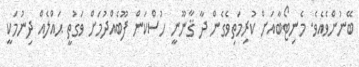
ބޭނުންވެއެވެ. މެނިޓޯބާއަށް ކުރިމަތިވެގެން ދާ ޤާނޫނީ ހުސްކަން ފޫބެއްދުމަށް ވަގުތީ ޙައްލެއް ދިނުމަކީ